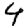
Digit: 4